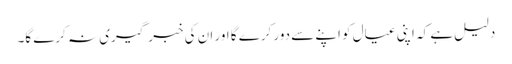
دلیل ہے کہ اپنی عیال کو اپنے سے دور کرے گا اور ان کی خبر گیری نہ کرے گا۔